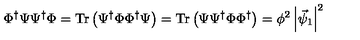
\Phi ^ { \dagger } \Psi \Psi ^ { \dagger } \Phi = \mathrm { T r } \left( \Psi ^ { \dagger } \Phi \Phi ^ { \dagger } \Psi \right) = \mathrm { T r } \left( \Psi \Psi ^ { \dagger } \Phi \Phi ^ { \dagger } \right) = \phi ^ { 2 } \left| \vec { \psi } _ { 1 } \right| ^ { 2 }